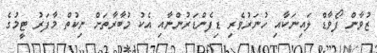
ޒުވާން ފޯވާޑް ލައިނަކާއި ހުނަރުވެރި ޑިފެންޑަރުންނާއި އެކު މުބާރާތަށް ނިކުތް މާފަރު ޓީމުގެ